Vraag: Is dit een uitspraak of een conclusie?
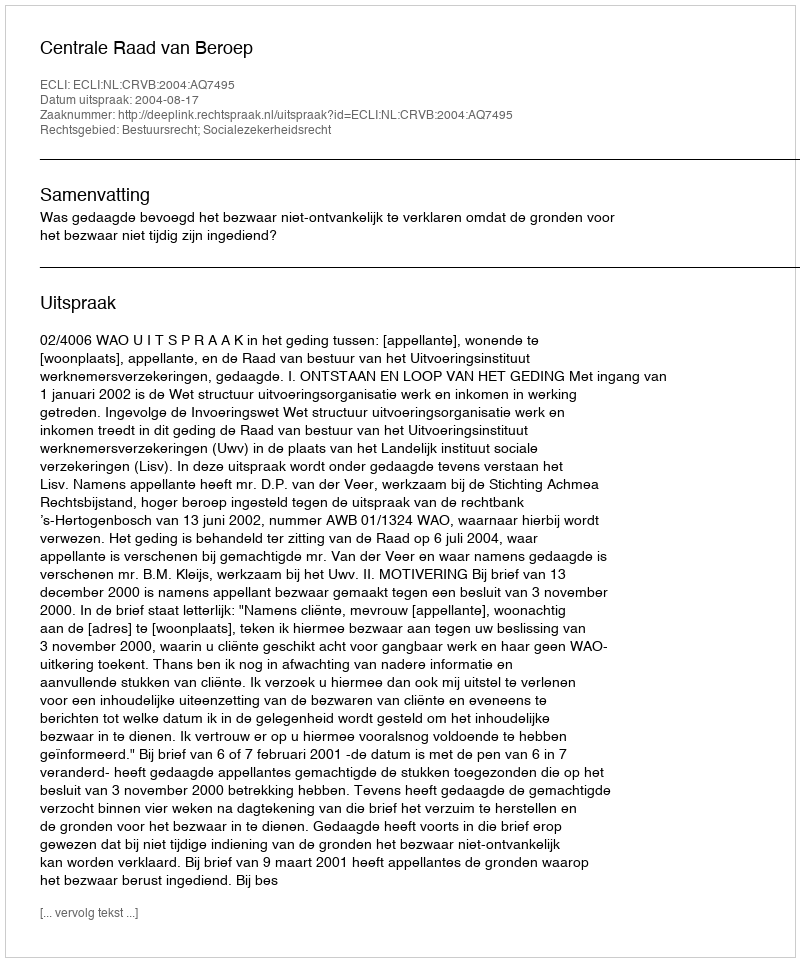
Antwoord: Uitspraak